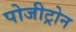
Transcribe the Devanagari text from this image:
पोजीट्रोन